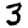
Digit: 3